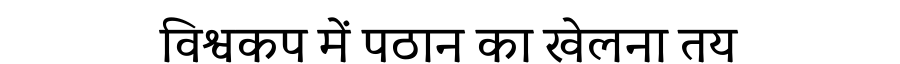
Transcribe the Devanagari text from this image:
विश्वकप में पठान का खेलना तय